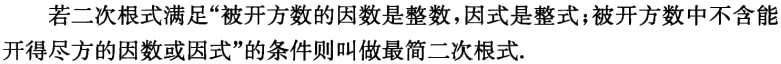
若二次根式满足“被开方数的因数是整数，因式是整式；被开方数中不含能开得尽方的因数或因式”的条件则叫做最简二次根式.